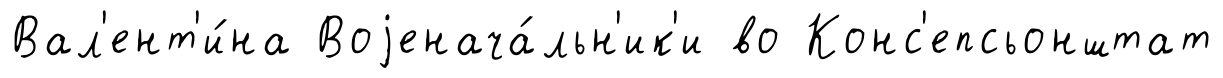
Вал'ент'и́на Воjенача́льн'ик'и во Конс'епсьонштат